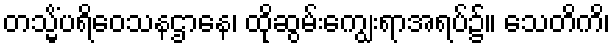
တသ္မိံပရိဝေသနဌာနေ၊ ထိုဆွမ်းကျွေးရာအရပ်၌။ သေတိကိ၊